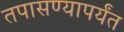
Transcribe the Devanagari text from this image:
तपासण्यापर्यंत